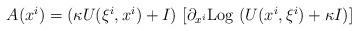
LaTeX: \begin{align*} \begin{array}{ll} A(x^i) = ( \kappa U(\xi^i, x^i) + I)~ [ \partial_{x^i} {\rm Log} ~ ( U(x^i, \xi^i) + \kappa I) ]\end{array} \end{align*}